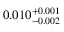
0 . 0 1 0 _ { - 0 . 0 0 2 } ^ { + 0 . 0 0 1 }